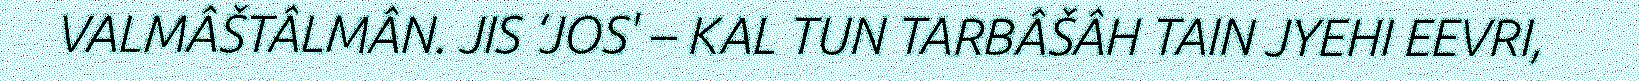
VALMÂŠTÂLMÂN. JIS ‘JOS' – KAL TUN TARBÂŠÂH TAIN JYEHI EEVRI,